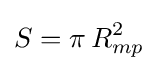
S=\pi \,R_{mp}^{2}